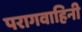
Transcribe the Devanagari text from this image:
परागवाहिनी